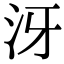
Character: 𣲨